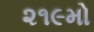
૨૧૯મો